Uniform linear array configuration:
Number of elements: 48
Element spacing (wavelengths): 0.75
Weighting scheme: binomial
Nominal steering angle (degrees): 0
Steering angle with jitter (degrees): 0.4312
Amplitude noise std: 0.05
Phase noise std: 0.05

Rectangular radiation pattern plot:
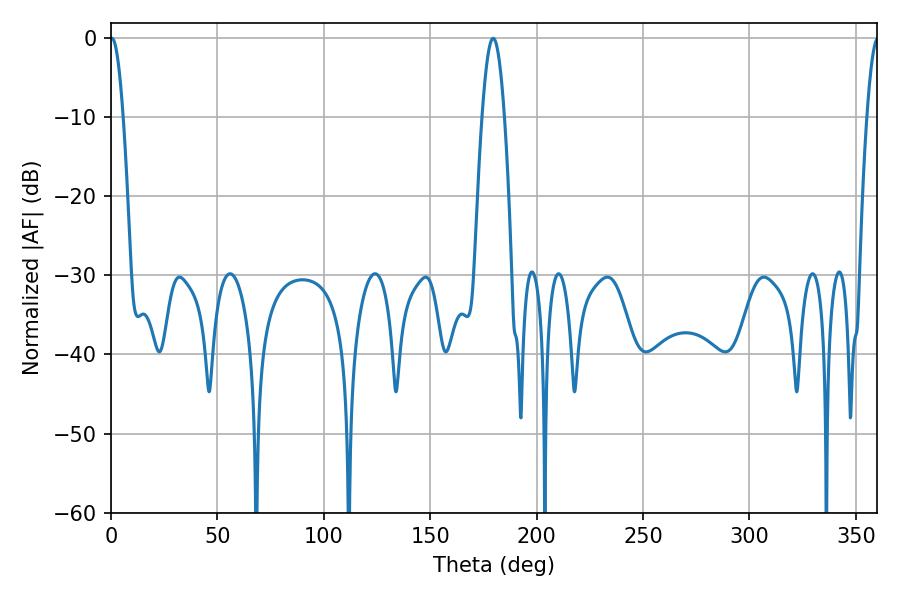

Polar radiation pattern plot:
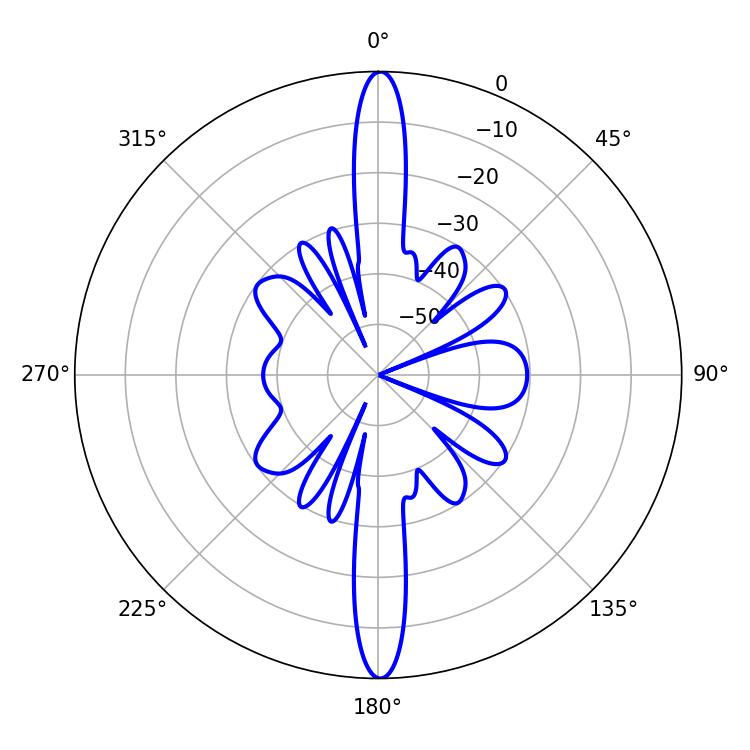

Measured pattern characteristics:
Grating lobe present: TRUE
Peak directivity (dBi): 30.375
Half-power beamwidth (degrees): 3.24
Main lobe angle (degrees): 0.36